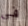
في